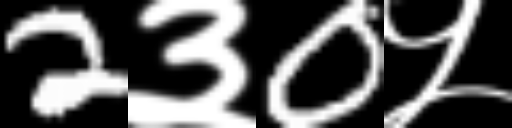
Text: 2३0५